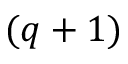
( q + 1 )